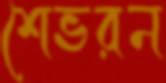
শেভরন